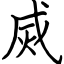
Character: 烕